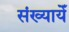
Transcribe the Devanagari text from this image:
संख्यायेँ